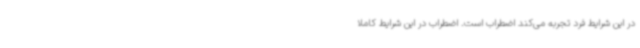
در این شرایط فرد تجربه می‌کند اضطراب است. اضطراب در این شرایط کاملا